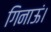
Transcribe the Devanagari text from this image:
गिनाऊं।